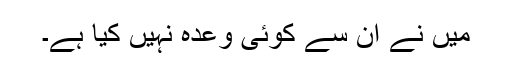
میں نے ان سے کوئی وعدہ نہیں کیا ہے۔